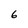
Character: 6